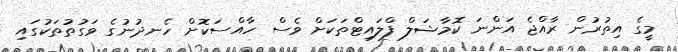
މީގެ އިތުރުން ރާއްޖެ އަންނަ ކޮމާޝަލް ފްލައިޓްތަކަށް ވެސް ހާއްސަކޮށް ހެނދުނުގެ ވަގުތުތަކުގައި